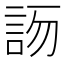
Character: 𧦯